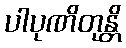
ပါပုဏိတုန္တိ